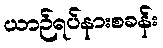
ယာဉ်ရပ်နားစခန်း